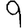
Digit: 9